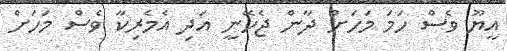
އީޔޫ ވެސް ހަމަ މަހަށް ދާން ޖެހޭނީ އަދި އެމެރިކާ ވެސް މަހަށް